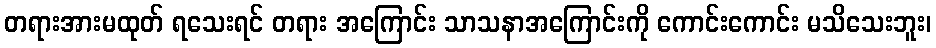
တရားအားမထုတ် ရသေးရင် တရား အကြောင်း သာသနာအကြောင်းကို ကောင်းကောင်း မသိသေးဘူး၊